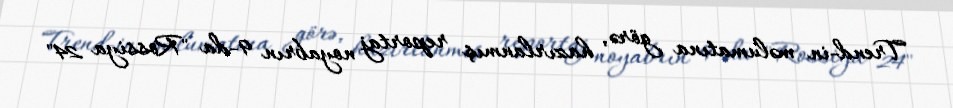
Trend-in məlumatına görə, hazırlanmış reportaj noyabrın 9-da "Rossiya 24"